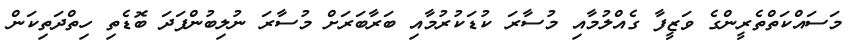
މަސައްކަތްތެރީންގެ ވަޒީފާ ގެއްލުމާއި މުސާރަ ކުޑަކުރުމާއި ބަރާބަރަށް މުސާރަ ނުލިބުންފަދަ ބޮޑެތި ހިތްދަތިކަން